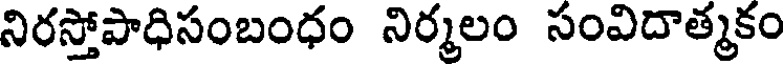
నిరస్తోపాధిసంబంధం నిర్మలం సంవిదాత్మకం